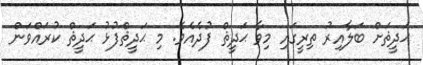
ޙަދީޘަށް ބަލާއިރު ތިރީގައި މިވާ ޙަދީޘް ފުދެއެވެ. މި ޙަދީޘްފުޅު ޙަދީޘް ކުރައްވަން